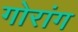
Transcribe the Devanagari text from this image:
गोरांग